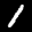
Digit: 1